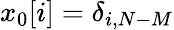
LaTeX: x_{0}[i]=\delta_{i,N-M}